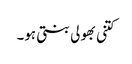
کتنی بھولی بنتی ہو۔